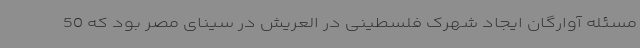
مسئله آوارگان ایجاد شهرک فلسطینی در العریش در سینای مصر بود که 50